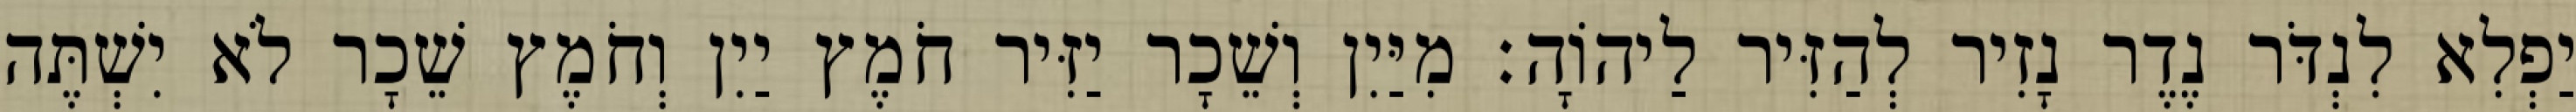
יַפְלִא לִנְדֹּר נֶדֶר נָזִיר לְהַזִּיר לַיהוָֹה׃ מִיַּיִן וְשֵׁכָר יַזִּיר חֹמֶץ יַיִן וְחֹמֶץ שֵׁכָר לֹא יִשְׁתֶּה